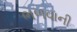
ભળવાની